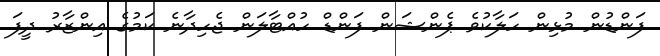
ފަންޑުން މުޅިން ހަލާކުވެ ޕެންޝަން ފަންޑް ހުއްޓާލަން ޖެހިދާނެ ކަމުގެ އިންޒާރު ދީފަ